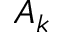
A _ { k }